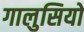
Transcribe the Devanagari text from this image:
गालुसियो